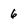
Character: 6